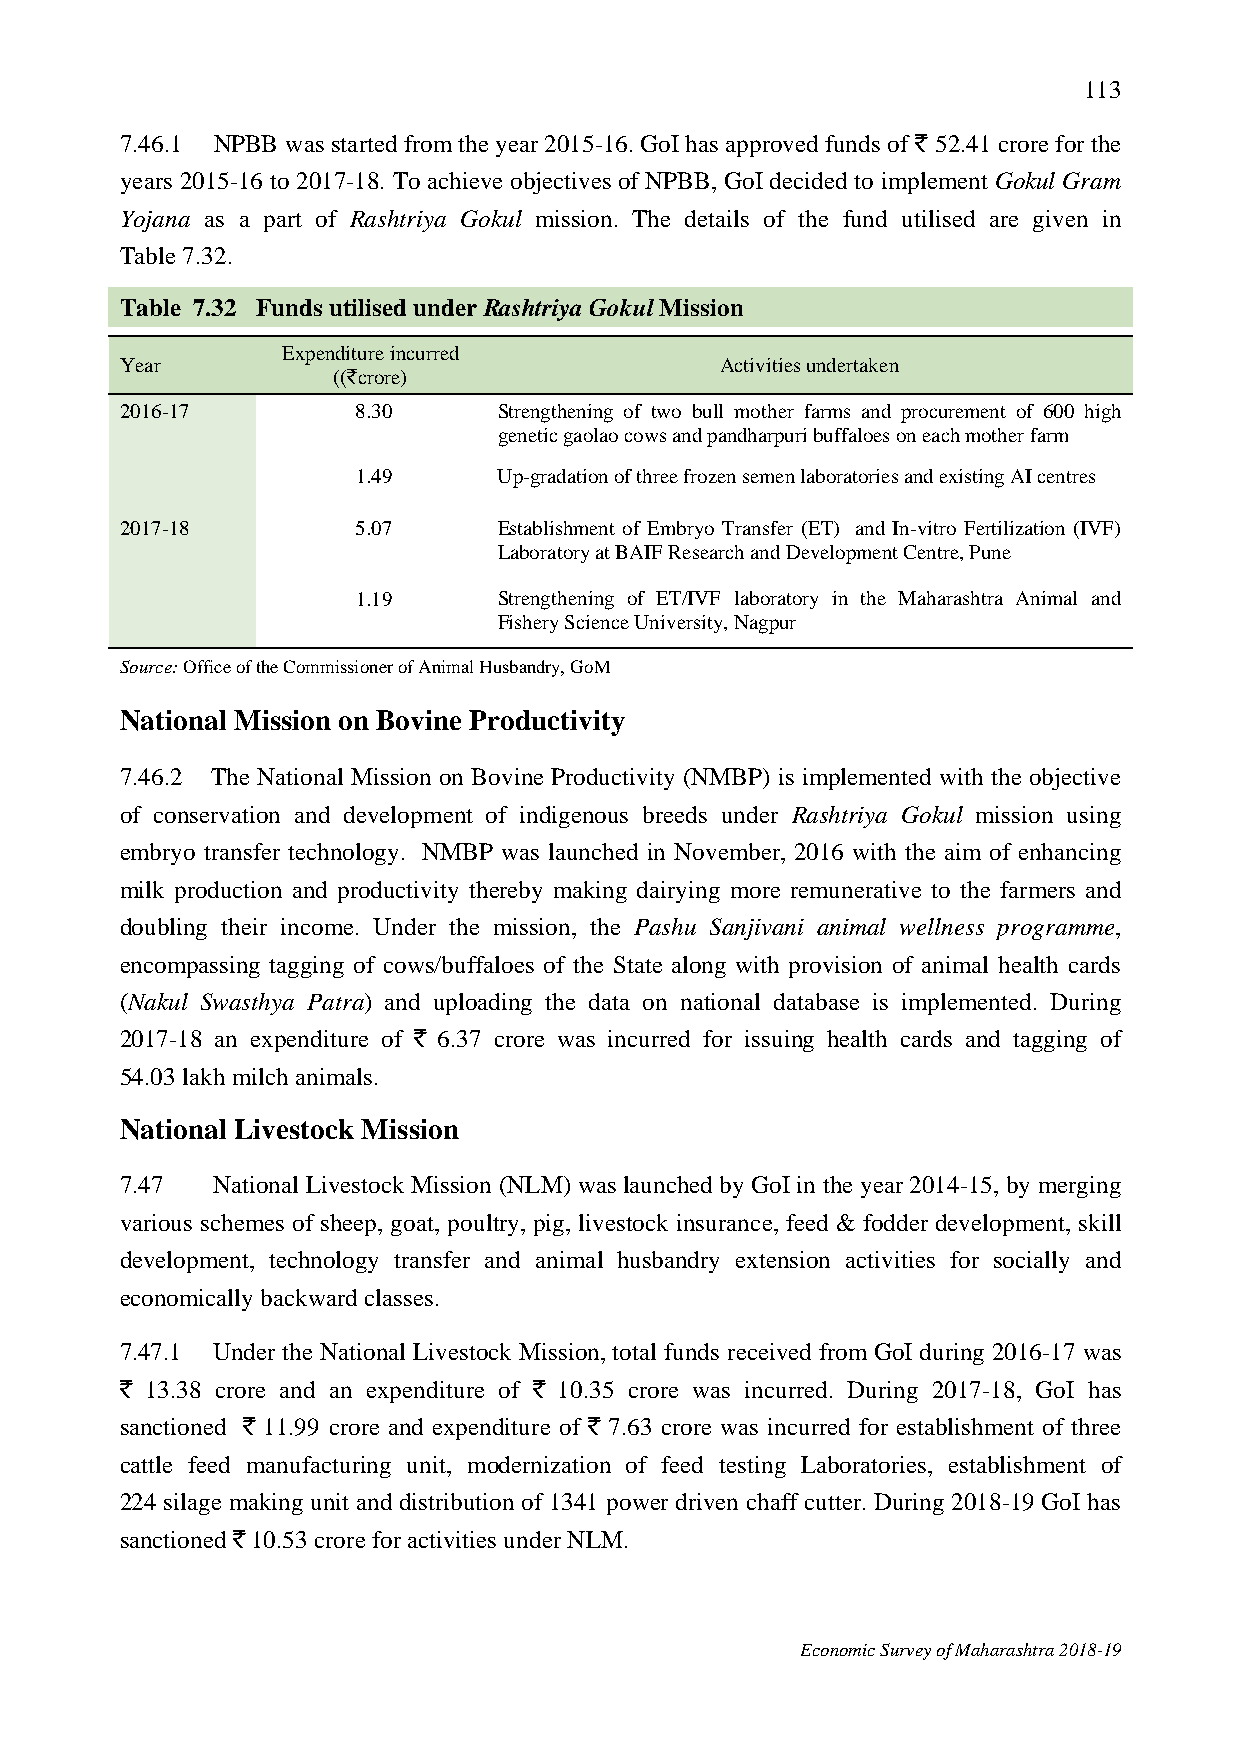
113
 7.46.1 NPBB was started from the year 2015-16. GoI has approved funds of ` 52.41 crore for the
 years 2015-16 to 2017-18. To achieve objectives of NPBB, GoI decided to implement Gokul Gram
 Yojana as a part of Rashtriya Gokul mission. The details of the fund utilised are given in
 Table 7.32.
 Table 7.32 Funds utilised under Rashtriya Gokul Mission
 Expenditure incurred
 Year                                    Activities undertaken
 ((`crore)
 2016-17         8.30     Strengthening of two bull mother farms and procurement of 600 high
 genetic gaolao cows and pandharpuri buffaloes on each mother farm
 1.49     Up-gradation of three frozen semen laboratories and existing AI centres
 2017-18         5.07     Establishment of Embryo Transfer (ET) and In-vitro Fertilization (IVF)
 Laboratory at BAIF Research and Development Centre, Pune
 1.19     Strengthening of ET/IVF laboratory in the Maharashtra Animal and
 Fishery Science University, Nagpur
 Source: Office of the Commissioner of Animal Husbandry, GoM
 National Mission on Bovine Productivity
 7.46.2 The National Mission on Bovine Productivity (NMBP) is implemented with the objective
 of conservation and development of indigenous breeds under Rashtriya Gokul mission using
 embryo transfer technology. NMBP was launched in November, 2016 with the aim of enhancing
 milk production and productivity thereby making dairying more remunerative to the farmers and
 doubling their income. Under the mission, the Pashu Sanjivani animal wellness programme,
 encompassing tagging of cows/buffaloes of the State along with provision of animal health cards
 (Nakul Swasthya Patra) and uploading the data on national database is implemented. During
 2017-18 an expenditure of ` 6.37 crore was incurred for issuing health cards and tagging of
 54.03 lakh milch animals.
 National Livestock Mission
 7.47  National Livestock Mission (NLM) was launched by GoI in the year 2014-15, by merging
 various schemes of sheep, goat, poultry, pig, livestock insurance, feed & fodder development, skill
 development, technology transfer and animal husbandry extension activities for socially and
 economically backward classes.
 7.47.1 Under the National Livestock Mission, total funds received from GoI during 2016-17 was
 ` 13.38 crore and an expenditure of ` 10.35 crore was incurred. During 2017-18, GoI has
 sanctioned ` 11.99 crore and expenditure of ` 7.63 crore was incurred for establishment of three
 cattle feed manufacturing unit, modernization of feed testing Laboratories, establishment of
 224 silage making unit and distribution of 1341 power driven chaff cutter. During 2018-19 GoI has
 sanctioned ` 10.53 crore for activities under NLM.
 Economic Survey of Maharashtra 2018-19